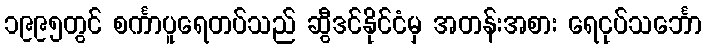
၁၉၉၅တွင် စင်္ကာပူရေတပ်သည် ဆွီဒင်နိုင်ငံမှ အတန်းအစား ရေငုပ်သင်္ဘော